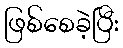
ဖြစ်စေခဲ့ပြီး